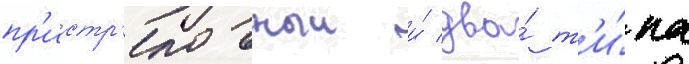
пр'истр'елочныи и́ два́ т'и́па